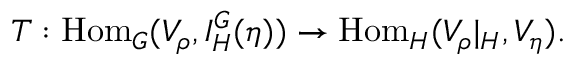
T : { \mathrm { H o m } } _ { G } ( V _ { \rho } , I _ { H } ^ { G } ( \eta ) ) \to { \mathrm { H o m } } _ { H } ( V _ { \rho } | _ { H } , V _ { \eta } ) .